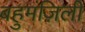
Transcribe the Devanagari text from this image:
बहुमंज़िली